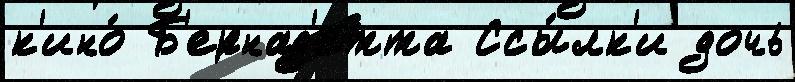
к'ино́ Б'ернад'етта Ссы́лк'и дочь